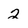
Character: 2